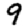
Digit: 9